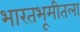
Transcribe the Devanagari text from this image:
भारतभूमीतला